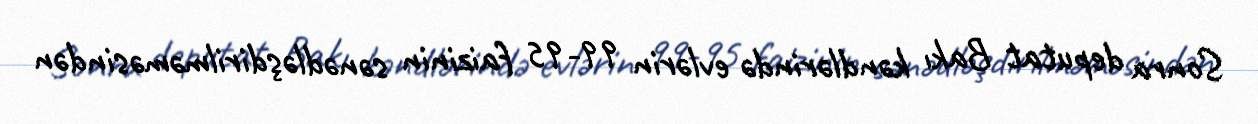
Sonra deputat Bakı kəndlərində evlərin 99-95 faizinin sənədləşdirilməməsindən